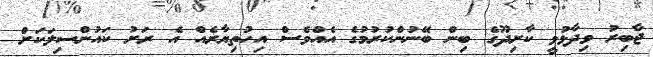
ޖާބިރު ވިދާޅުވީ ކާށިދޫގެ ބިން ބޭނުންކުރުމުގެ އެއްވެސް އިހުތިޔާރެއް އެ ރަށު ކައުންސިލަކަށް